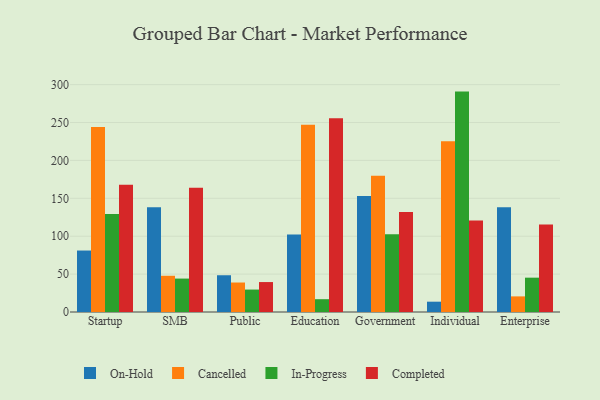
{"axis": {"x": "Segment", "y": "Headcount"}, "legend": ["Cancelled", "Completed", "In-Progress", "On-Hold"], "data": [{"x": "Startup", "y": 81.1, "type": "On-Hold"}, {"x": "Startup", "y": 244.2, "type": "Cancelled"}, {"x": "Startup", "y": 129.2, "type": "In-Progress"}, {"x": "Startup", "y": 167.9, "type": "Completed"}, {"x": "SMB", "y": 138.3, "type": "On-Hold"}, {"x": "SMB", "y": 47.8, "type": "Cancelled"}, {"x": "SMB", "y": 44.1, "type": "In-Progress"}, {"x": "SMB", "y": 163.8, "type": "Completed"}, {"x": "Public", "y": 48.5, "type": "On-Hold"}, {"x": "Public", "y": 38.9, "type": "Cancelled"}, {"x": "Public", "y": 29.6, "type": "In-Progress"}, {"x": "Public", "y": 39.5, "type": "Completed"}, {"x": "Education", "y": 102.4, "type": "On-Hold"}, {"x": "Education", "y": 247.2, "type": "Cancelled"}, {"x": "Education", "y": 16.9, "type": "In-Progress"}, {"x": "Education", "y": 255.5, "type": "Completed"}, {"x": "Government", "y": 152.9, "type": "On-Hold"}, {"x": "Government", "y": 179.8, "type": "Cancelled"}, {"x": "Government", "y": 102.6, "type": "In-Progress"}, {"x": "Government", "y": 131.9, "type": "Completed"}, {"x": "Individual", "y": 13.6, "type": "On-Hold"}, {"x": "Individual", "y": 225.4, "type": "Cancelled"}, {"x": "Individual", "y": 290.8, "type": "In-Progress"}, {"x": "Individual", "y": 120.6, "type": "Completed"}, {"x": "Enterprise", "y": 138.2, "type": "On-Hold"}, {"x": "Enterprise", "y": 20.6, "type": "Cancelled"}, {"x": "Enterprise", "y": 45.3, "type": "In-Progress"}, {"x": "Enterprise", "y": 115.4, "type": "Completed"}]}